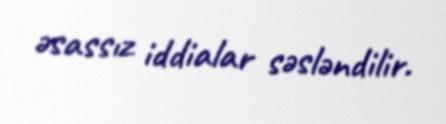
əsassız iddialar səsləndilir.